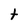
Character: t